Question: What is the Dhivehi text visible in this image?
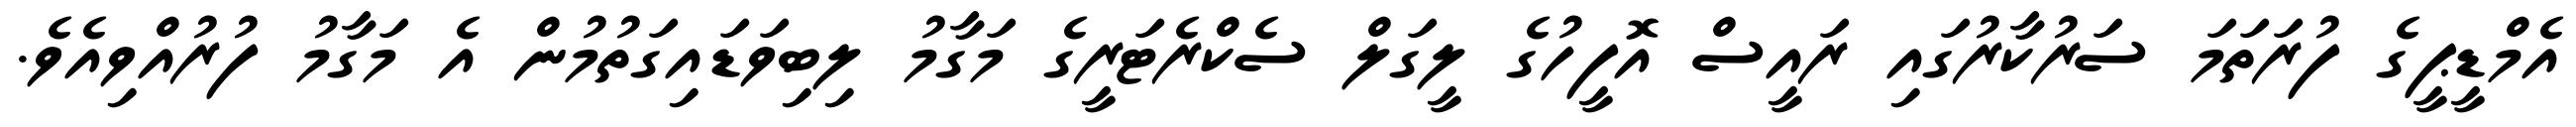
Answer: އެމްޑީޕީގެ ފުރަތަމަ ސަރުކާރުގައި ރައީސް އޮފީހުގެ ލީގަލް ސެކްރެޓަރީގެ މަގާމު ލިބިވަޑައިގަތުމުން އެ މަގާމު ފުރުއްވިއެވެ.